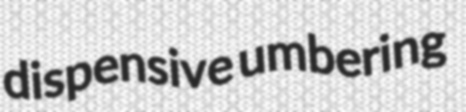
dispensive umbering